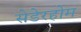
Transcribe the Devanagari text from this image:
सेडेरहोम